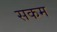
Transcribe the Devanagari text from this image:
सकम